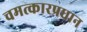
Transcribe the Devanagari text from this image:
चमत्कारप्रधान